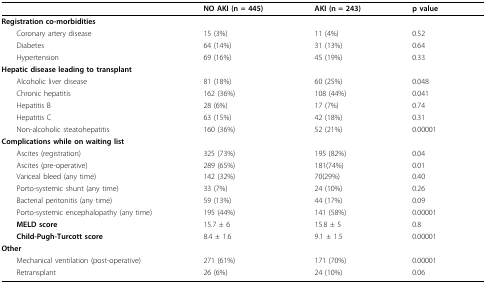
<table><thead><tr><td></td><td><b>NO AKI (n = 445)</b></td><td><b>AKI (n = 243)</b></td><td><b>p value</b></td></tr></thead><tbody><tr><td><b>Registration co-morbidities</b></td><td></td><td></td><td></td></tr><tr><td> Coronary artery disease</td><td>15 (3%)</td><td>11 (4%)</td><td>0.52</td></tr><tr><td> Diabetes</td><td>64 (14%)</td><td>31 (13%(</td><td>0.64</td></tr><tr><td> Hypertension</td><td>69 (16%)</td><td>45 (19%)</td><td>0.33</td></tr><tr><td><b>Hepatic disease leading to transplant</b></td><td></td><td></td><td></td></tr><tr><td> Alcoholic liver disease</td><td>81 (18%)</td><td>60 (25%)</td><td>0.048</td></tr><tr><td> Chronic hepatitis</td><td>162 (36%)</td><td>108 (44%)</td><td>0.041</td></tr><tr><td> Hepatitis B</td><td>28 (6%)</td><td>17 (7%)</td><td>0.74</td></tr><tr><td> Hepatitis C</td><td>63 (15%)</td><td>42 (18%)</td><td>0.31</td></tr><tr><td> Non-alcoholic steatohepatitis</td><td>160 (36%)</td><td>52 (21%)</td><td>0.00001</td></tr><tr><td><b>Complications while on waiting list</b></td><td></td><td></td><td></td></tr><tr><td> Ascites (registration)</td><td>325 (73%)</td><td>195 (82%)</td><td>0.04</td></tr><tr><td> Ascites (pre-operative)</td><td>289 (65%)</td><td>181(74%)</td><td>0.01</td></tr><tr><td> Variceal bleed (any time)</td><td>142 (32%)</td><td>70(29%)</td><td>0.40</td></tr><tr><td> Porto-systemic shunt (any time)</td><td>33 (7%)</td><td>24 (10%)</td><td>0.26</td></tr><tr><td> Bacterial peritonitis (any time)</td><td>59 (13%)</td><td>44 (17%)</td><td>0.09</td></tr><tr><td> Porto-systemic encephalopathy (any time)</td><td>195 (44%)</td><td>141 (58%)</td><td>0.00001</td></tr><tr><td> <b>MELD score</b></td><td>15.7 ± 6</td><td>15.8 ± 5</td><td>0.8</td></tr><tr><td> <b>Child-Pugh-Turcott score</b></td><td>8.4 ± 1.6</td><td>9.1 ± 1.5</td><td>0.00001</td></tr><tr><td><b>Other</b></td><td></td><td></td><td></td></tr><tr><td> Mechanical ventilation (post-operative)</td><td>271 (61%)</td><td>171 (70%)</td><td>0.00001</td></tr><tr><td> Retransplant</td><td>26 (6%)</td><td>24 (10%)</td><td>0.06</td></tr></tbody></table>